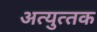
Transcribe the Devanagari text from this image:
अत्‍युत्‍तक